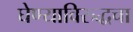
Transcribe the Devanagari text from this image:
घेण्याविरुद्धचा